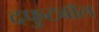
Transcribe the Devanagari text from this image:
दफुटबॉल